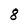
Character: 8